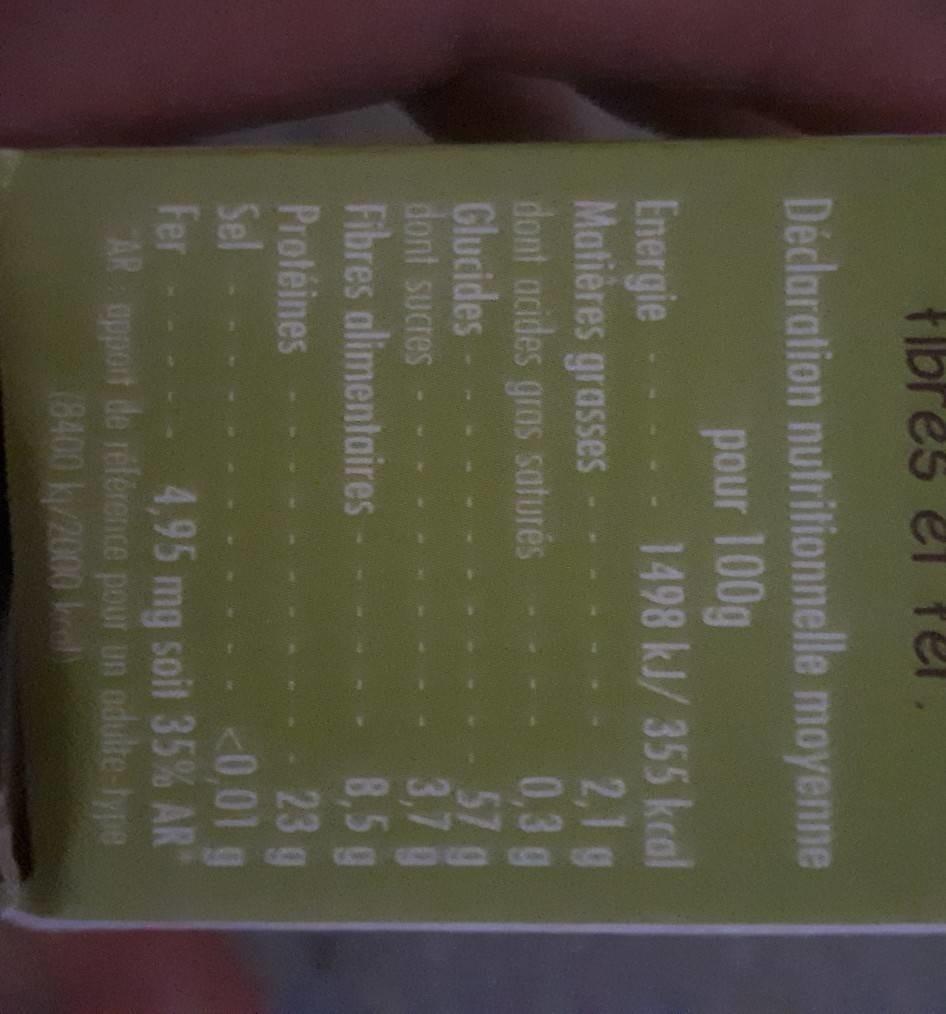
fibres el fel
Décloration nutritionnelle moyenne
pour 100g
Energie Matières grasses dont acides gras saturés Glucides dont sucres Fibres alimentaires
1498 kJ/355 kcal 2,1g 0,3 g 57g 3,7g 8,5g 23g <0,01 g 4,95mg soit 35% AR AR opport de référence pour un odulte-lype
Proféines Sel Fer
18400 k/2000 k